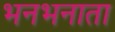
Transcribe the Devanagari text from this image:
भनभनाता